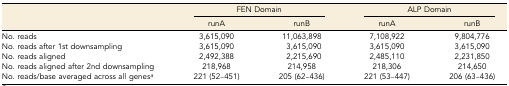
| <ROWSPAN=2>  | <COLSPAN=2> FEN Domain | <COLSPAN=2> ALP Domain |
 | runA | runB | runA | runB |
 | --- | --- | --- | --- | --- |
 | No. reads | 3,615,090 | 11,063,898 | 7,108,922 | 9,804,776 |
 | No. reads after 1st downsampling | 3,615,090 | 3,615,090 | 3,615,090 | 3,615,090 |
 | No. reads aligned | 2,492,388 | 2,215,690 | 2,485,110 | 2,231,850 |
 | No. reads aligned after 2nd downsampling | 218,968 | 214,958 | 218,306 | 214,650 |
 | No. reads/base averaged across all genesa | 221 (52–451) | 205 (62–436) | 221 (53–447) | 206 (63–436) |